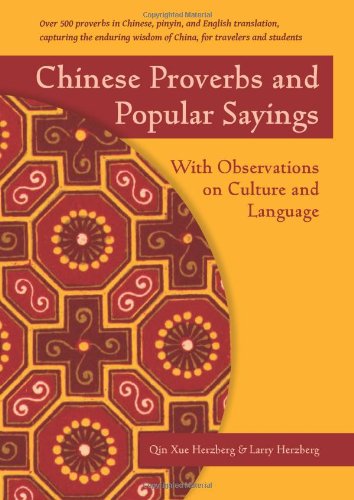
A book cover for Chinese Proverbs and Popular Sayings: With Observations on Culture and Language; Qin Xue Herzberg; Reference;